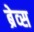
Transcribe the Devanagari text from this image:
ब्रेव्स